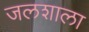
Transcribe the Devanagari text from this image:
जलशाला